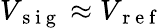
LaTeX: V_{\mathrm{~s~i~g~}}\approx V_{\mathrm{~r~e~f~}}